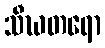
သီဃတရော